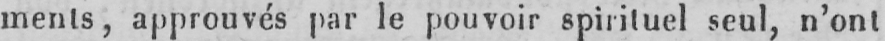
ments, approuvés par le pouvoir spirituel seul, n’ont